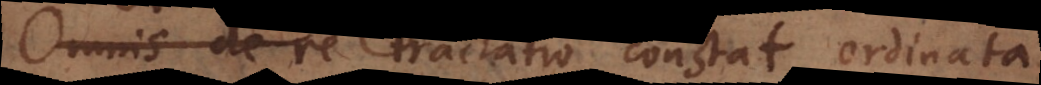
de re tractatio constat ordinata